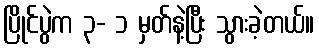
ပြိုင်ပွဲက ၃- ၁ မှတ်နဲ့ပြီး သွားခဲ့တယ်။